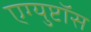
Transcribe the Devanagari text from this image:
एग्युप्टॉस